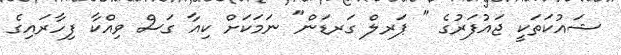
ޝައުކަތަކީ ޖައުފަރުގެ " ޕަރލް ގަރޑަން" ނަމަކަށް ކިއާ ގަސް ވިއްކާ ފިހާރައިގެ